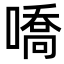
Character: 嘺